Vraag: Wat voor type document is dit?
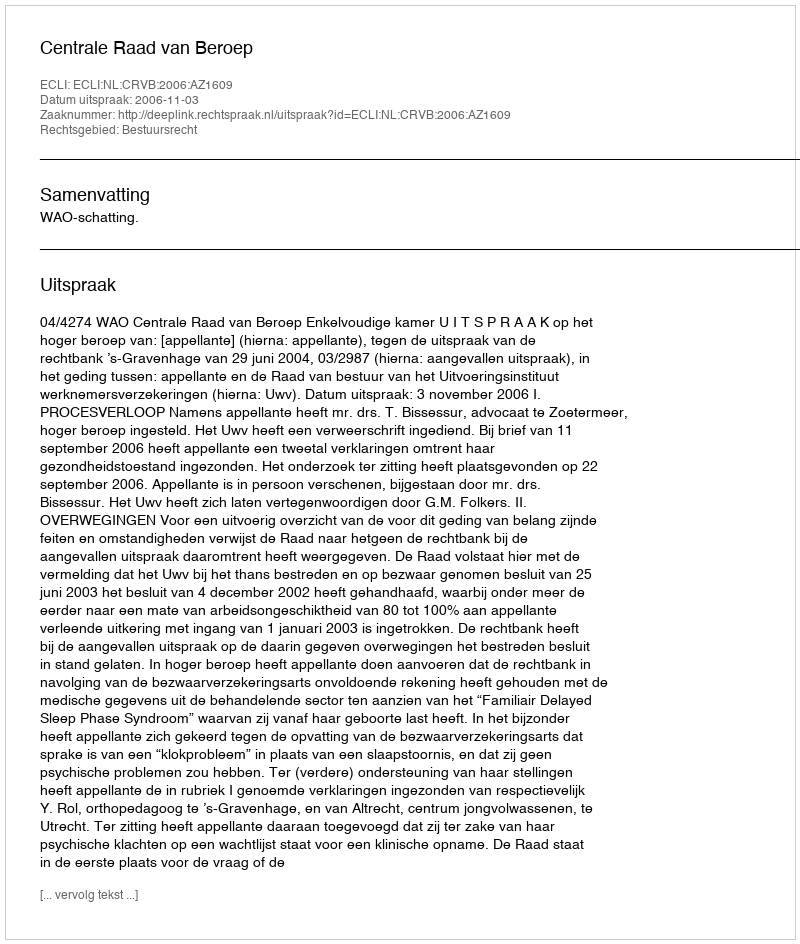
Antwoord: Uitspraak